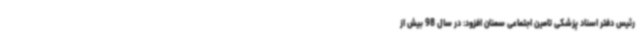
رئیس دفتر اسناد پزشکی تامین اجتماعی سمنان افزود: در سال 98 بیش از